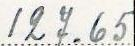
127.65